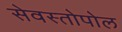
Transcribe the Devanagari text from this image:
सेवस्तोपोल